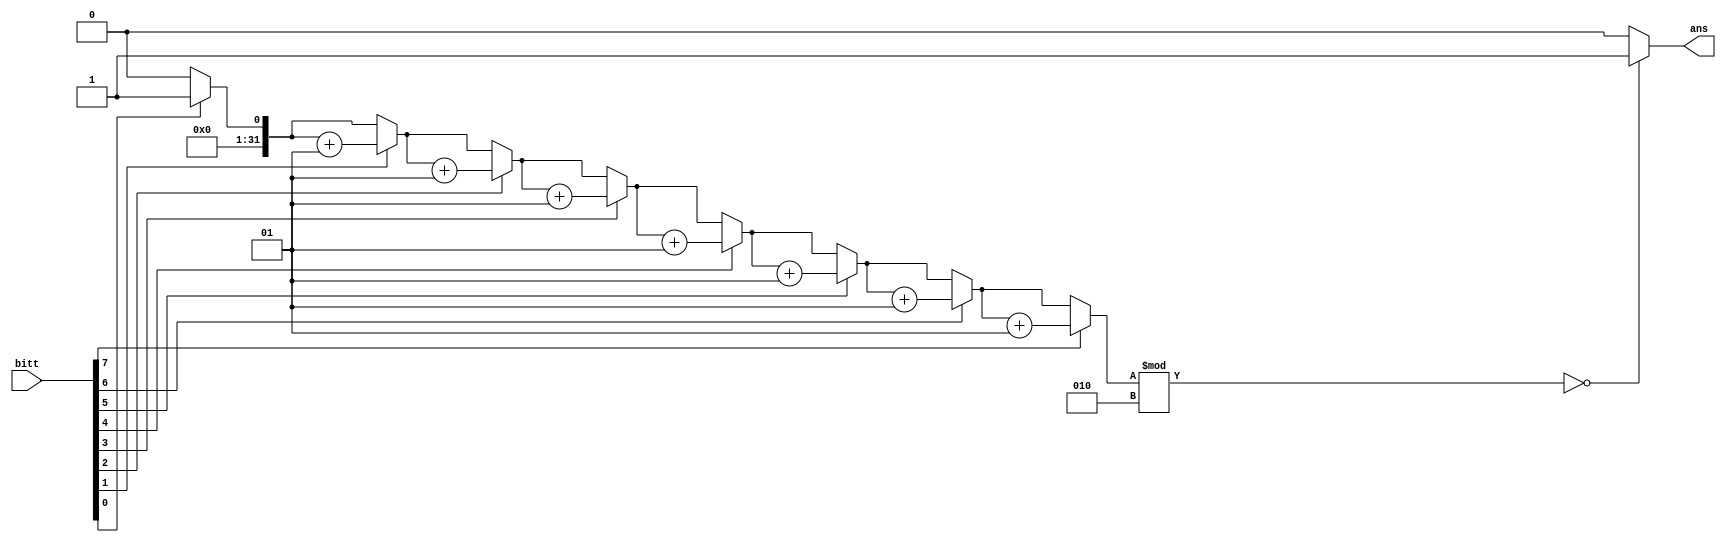
module ParityChecker(
input [7:0] bitt,
output reg ans);

integer count = 0; 
integer i = 0;
always @(*)
begin
	count = 0;
	for (i =0; i<=7; i = i+1)
	begin 
		if (bitt[i] == 1)
		count = count + 1;
		else
		count = count;
	end 
	if (count%2==0) // even parity
	ans = 1'b1;
	else
	ans = 1'b0;
	
end 
endmodule